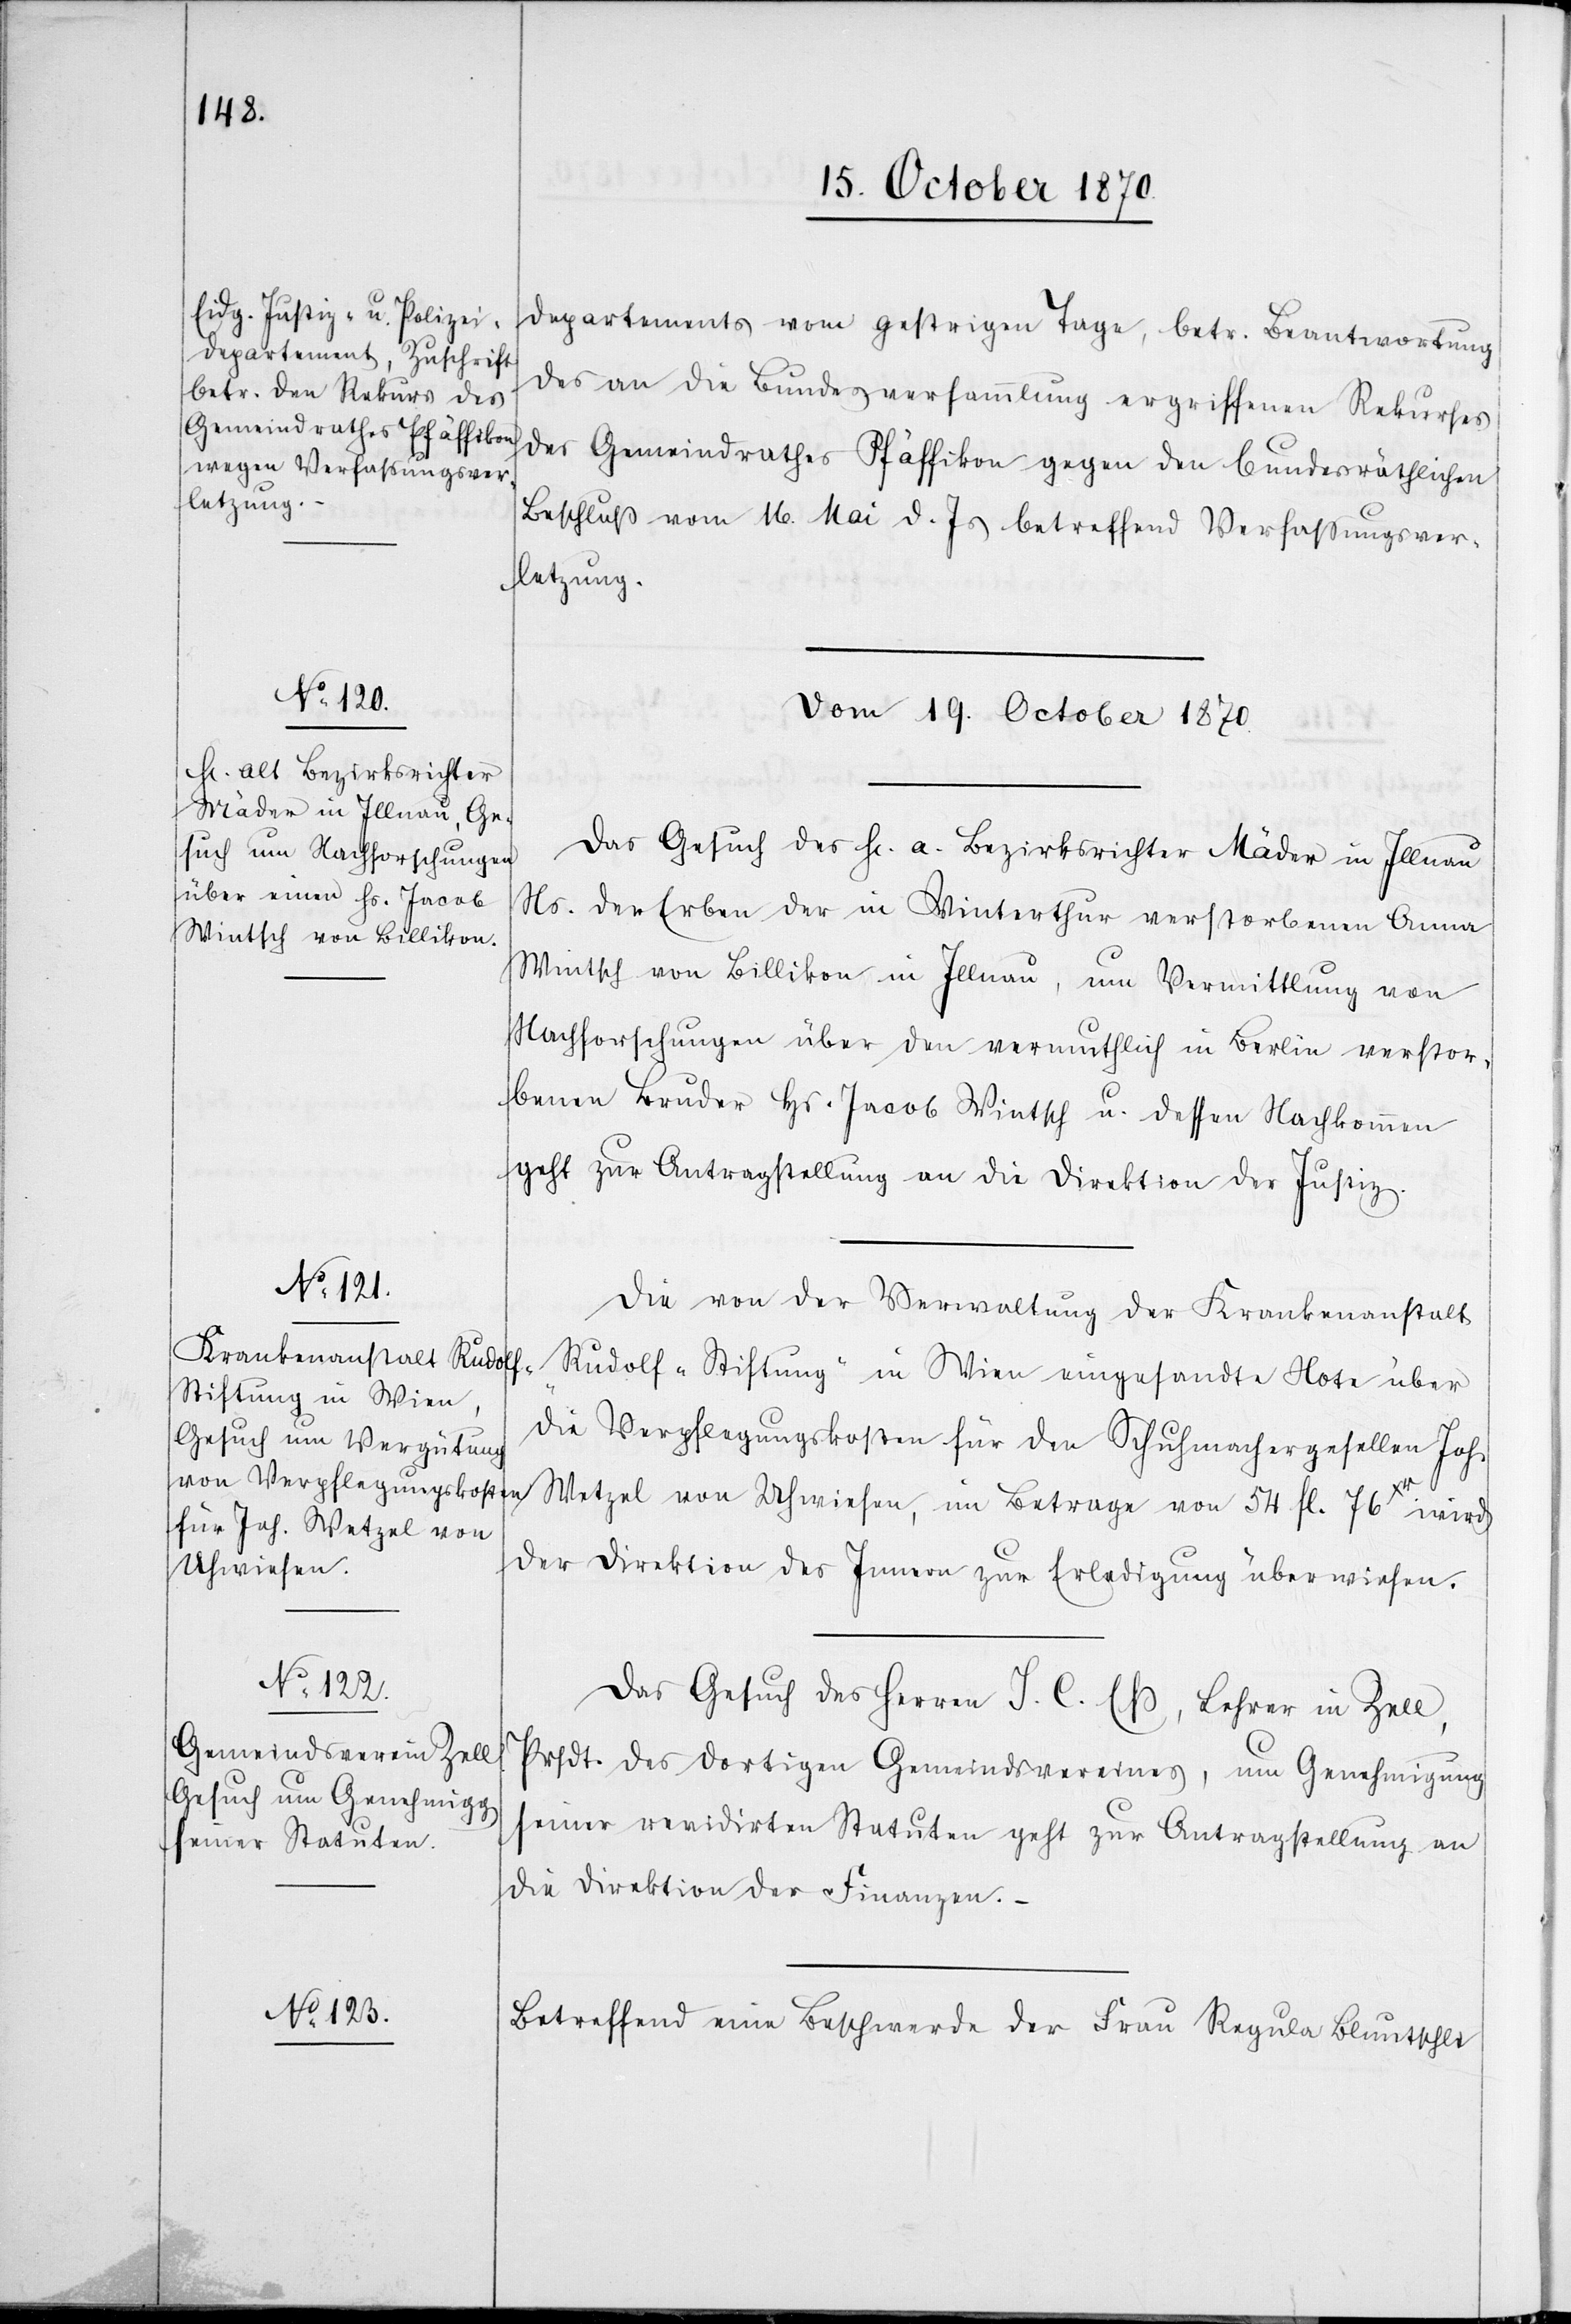
departements [sic!] vom gestrigen Tage, betr. Beantwortung
des an die Bundesversammlung ergriffenen Rekurses
des Gemeindrathes Pfäffikon gegen den bundesräthlichen
Beschluß vom 16. Mai d. Js. betreffend Verfaßungsver¬
letzung.
Vom 19. October 1870.]
Das Gesuch des H[err] a. Bezirksrichter Mäder in Illnau
Ns. der Erben der in Winterthur verstorbenen Anna
Winth von Billikon in Illnau, um Vermittlung von
Nachforschungen über den vermuthlich in Berlin verstor¬
benen Bruder Hr. Jacob Winth u. dessen Nachkommen
geht zur Antragstellung an die Direktion der Justiz.
Die von der Verwaltung der Krankenanstalt
„Rudolf-Stiftung“ in Wien eingesandte Note über
die Verpflegungskosten für den Schuhmachergesellen Joh.
Uhwiesen,
der Direktion des Innern zur Erledigung überwiesen.
Das Gesuch des Herren H. C. Eß, Lehrer in Zell,
Prsdt. des dortigen Gemeindsvereines, um Genehmigung
seiner revidirten Statuten geht zur Antragstellung an
die Direktion der Finanzen.
Betreffend eine Beschwerde der Frau Regula Bluntschli